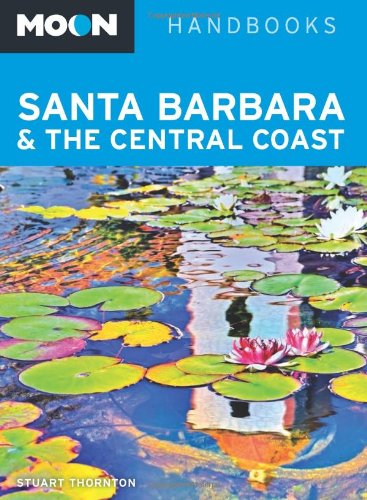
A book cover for Moon Santa Barbara & the Central Coast (Moon Handbooks); Stuart Thornton; Travel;